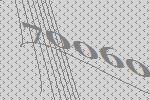
70060